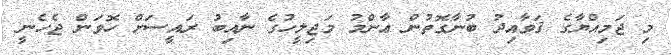
މި ޖަމިއްޔާގެ ޤަވާއިދު ބުނާގޮތުން ޢާންމު މަޖިލީހުގެ ނާއިބު ރައީސަށް ހޮވަން ޖެހެނީ